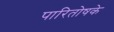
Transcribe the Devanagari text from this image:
पारितोषके